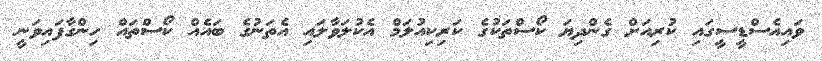
ވައިއެސްޑީސީގައި ކުރިއަށް ގެންދިޔަ ކޯސްތަކުގެ ކަރިކިއުލަމް އެކުލަވާލައި އެތަނުގެ ބައެއް ކޯސްތައް ހިންގާފައިވަނީ